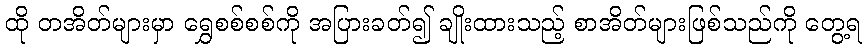
ထို တအိတ်များမှာ ရွှေစစ်စစ်ကို အပြားခတ်၍ ချိုးထားသည့် စာအိတ်များဖြစ်သည်ကို တွေ့ရ